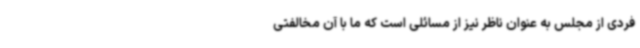
فردی از مجلس به عنوان ناظر نیز از مسائلی است که ما با آن مخالفتی